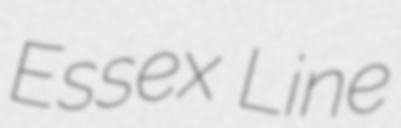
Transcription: Essex Line